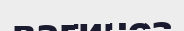
вагиноз